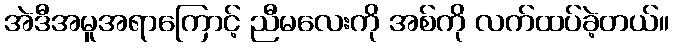
အဲဒီအမူအရာကြောင့် ညီမလေးကို အစ်ကို လက်ထပ်ခဲ့တယ်။